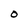
Character: O